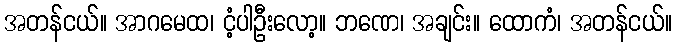
အတန်ငယ်။ အာဂမေထ၊ ငံ့ပါဦးလော့။ ဘဏေ၊ အချင်း။ ထောကံ၊ အတန်ငယ်။